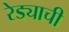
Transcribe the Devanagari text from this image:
रेड्याची